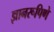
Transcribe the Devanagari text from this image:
ज्ञानरूपिणे